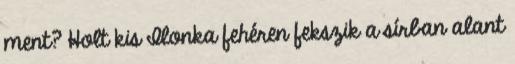
ment? Holt kis Ilonka fehéren fekszik a sírban alant